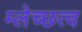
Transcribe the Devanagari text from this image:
म्लेच्छत्व